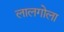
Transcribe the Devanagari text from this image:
लालगोला